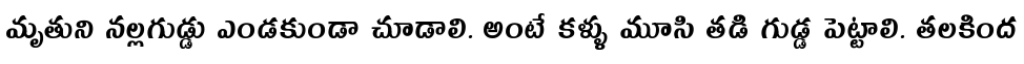
మృతుని నల్లగుడ్డు ఎండకుండా చూడాలి. అంటే కళ్ళు మూసి తడి గుడ్డ పెట్టాలి. తలకింద